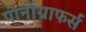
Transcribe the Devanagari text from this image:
पोर्नोग्राफर्स